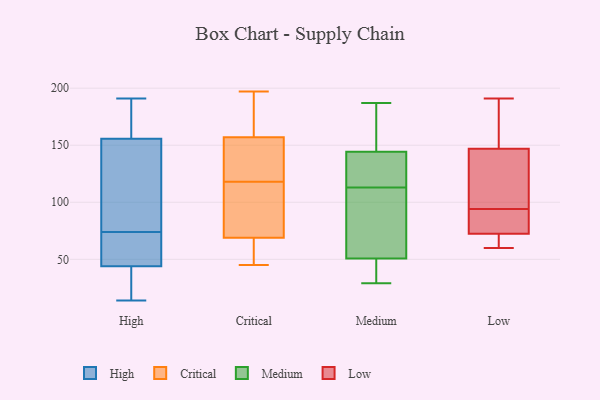
{"axis": {"x": "Waste Production (Tons)", "y": "Value"}, "legend": ["Critical", "High", "Low", "Medium"], "data": [{"x": "", "y": 50, "type": "High"}, {"x": "", "y": 161, "type": "High"}, {"x": "", "y": 14, "type": "High"}, {"x": "", "y": 191, "type": "High"}, {"x": "", "y": 124, "type": "High"}, {"x": "", "y": 184, "type": "High"}, {"x": "", "y": 49, "type": "High"}, {"x": "", "y": 21, "type": "High"}, {"x": "", "y": 154, "type": "High"}, {"x": "", "y": 74, "type": "High"}, {"x": "", "y": 32, "type": "High"}, {"x": "", "y": 28, "type": "High"}, {"x": "", "y": 48, "type": "High"}, {"x": "", "y": 78, "type": "High"}, {"x": "", "y": 57, "type": "High"}, {"x": "", "y": 79, "type": "High"}, {"x": "", "y": 161, "type": "High"}, {"x": "", "y": 120, "type": "Critical"}, {"x": "", "y": 197, "type": "Critical"}, {"x": "", "y": 45, "type": "Critical"}, {"x": "", "y": 69, "type": "Critical"}, {"x": "", "y": 180, "type": "Critical"}, {"x": "", "y": 87, "type": "Critical"}, {"x": "", "y": 61, "type": "Critical"}, {"x": "", "y": 116, "type": "Critical"}, {"x": "", "y": 152, "type": "Critical"}, {"x": "", "y": 157, "type": "Critical"}, {"x": "", "y": 51, "type": "Medium"}, {"x": "", "y": 47, "type": "Medium"}, {"x": "", "y": 129, "type": "Medium"}, {"x": "", "y": 164, "type": "Medium"}, {"x": "", "y": 77, "type": "Medium"}, {"x": "", "y": 142, "type": "Medium"}, {"x": "", "y": 39, "type": "Medium"}, {"x": "", "y": 187, "type": "Medium"}, {"x": "", "y": 128, "type": "Medium"}, {"x": "", "y": 50, "type": "Medium"}, {"x": "", "y": 102, "type": "Medium"}, {"x": "", "y": 29, "type": "Medium"}, {"x": "", "y": 113, "type": "Medium"}, {"x": "", "y": 151, "type": "Medium"}, {"x": "", "y": 83, "type": "Medium"}, {"x": "", "y": 174, "type": "Medium"}, {"x": "", "y": 137, "type": "Medium"}, {"x": "", "y": 117, "type": "Low"}, {"x": "", "y": 80, "type": "Low"}, {"x": "", "y": 184, "type": "Low"}, {"x": "", "y": 191, "type": "Low"}, {"x": "", "y": 140, "type": "Low"}, {"x": "", "y": 60, "type": "Low"}, {"x": "", "y": 70, "type": "Low"}, {"x": "", "y": 70, "type": "Low"}, {"x": "", "y": 141, "type": "Low"}, {"x": "", "y": 64, "type": "Low"}, {"x": "", "y": 149, "type": "Low"}, {"x": "", "y": 93, "type": "Low"}, {"x": "", "y": 88, "type": "Low"}, {"x": "", "y": 168, "type": "Low"}, {"x": "", "y": 94, "type": "Low"}]}